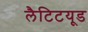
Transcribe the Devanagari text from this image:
लैटिटयूड